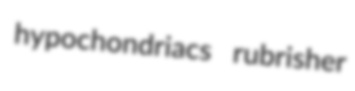
hypochondriacs rubrisher